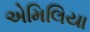
એમિલિયા